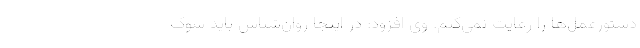
دستورعمل‌ها را رعایت نمی‌کنم. وی افزود: در اینجا روان‌شناس باید شوک